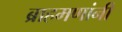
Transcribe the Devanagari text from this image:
ब्राहमणांनी